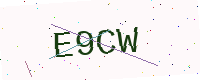
Text: E9CW